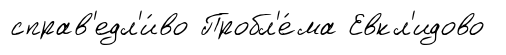
справ'едл'и́во Пробл'е́ма Евкл'идово